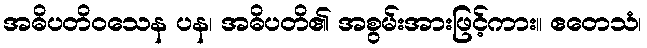
အဓိပတိဝသေန ပန၊ အဓိပတိ၏ အစွမ်းအားဖြင့်ကား။ ဧတေသံ၊